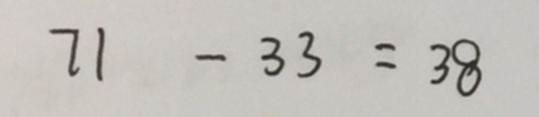
7 1 - 3 3 = 3 8